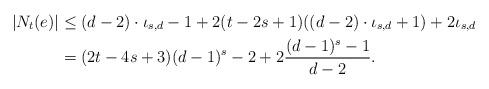
LaTeX: \begin{align*}|N_t(e)|& \le (d-2)\cdot\iota_{s,d}-1+2(t-2s+1)((d-2)\cdot\iota_{s,d}+1)+2\iota_{s,d}\\& = (2t-4s+3)(d-1)^s-2+2\frac{(d-1)^s-1}{d-2}.\end{align*}